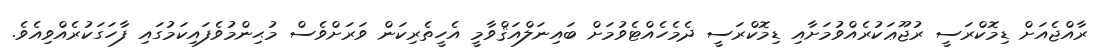
ރާއްޖެއަށް ޑިމޮކްރަސީ ރުޖޫޢަކުރެއްވުމަށާއި ޑިމޮކްރަސީ ދެމެހެއްޓެވުމަށް ބައިނަލްއަޤްވާމީ އެހީތެރިކަން ވަރަށްވެސް މުޙިންމުވެފައިކަމުގައި ފާހަގަކުރެއްވިއެވެ.